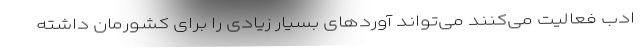
ادب فعالیت می‌کنند می‌تواند آوردهای بسیار زیادی را برای کشورمان داشته